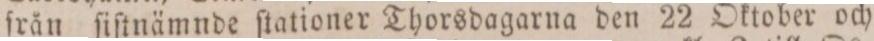
från ſiſtnämnde ſtationer Thorsdagarna den 22 Oktober och